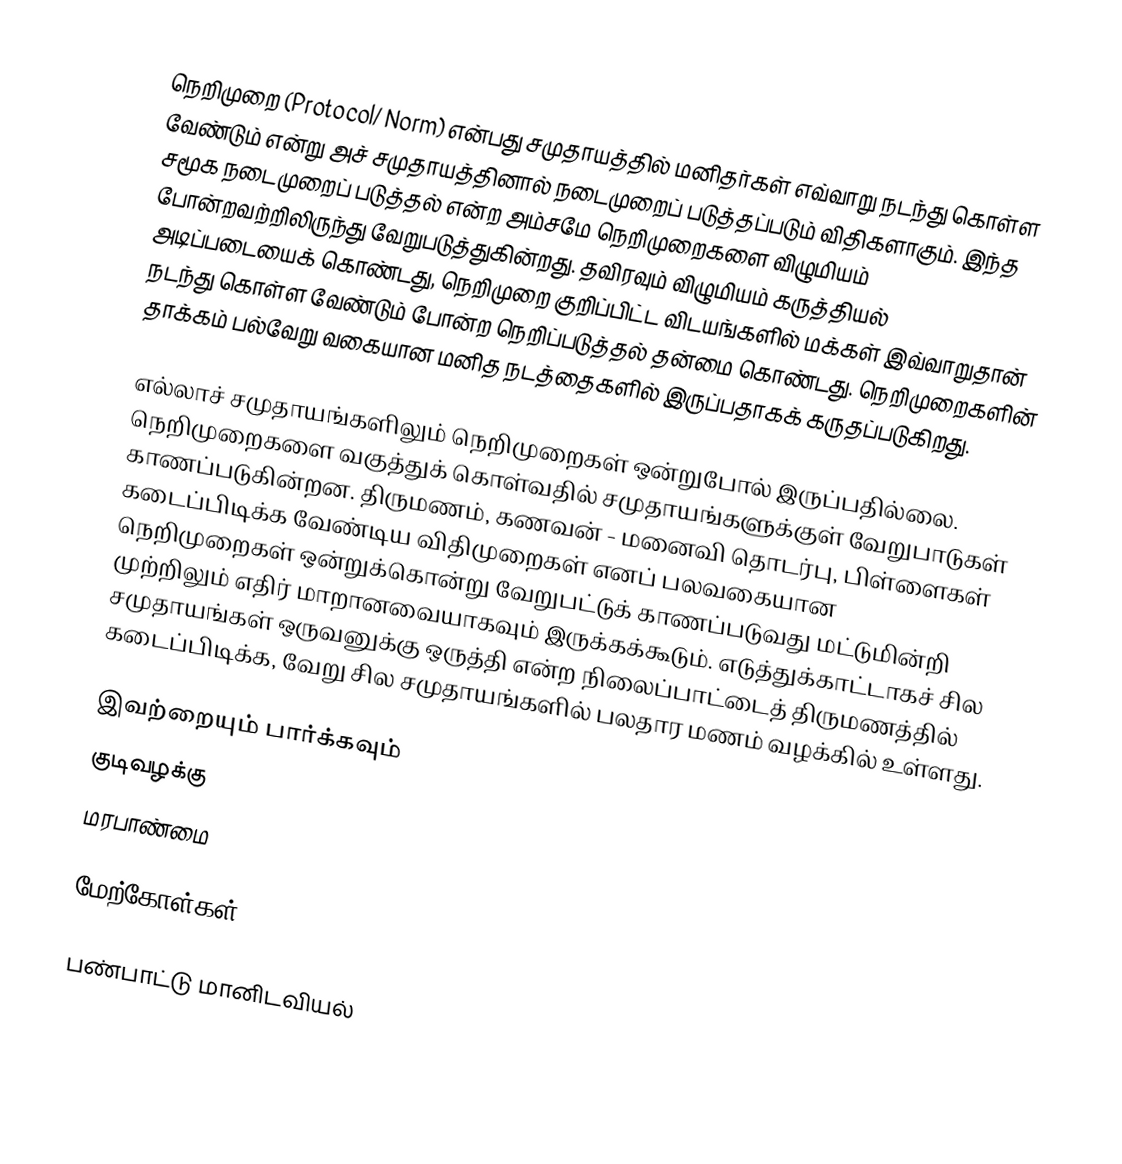
நெறிமுறை (Protocol/ Norm) என்பது சமுதாயத்தில் மனிதர்கள் எவ்வாறு நடந்து கொள்ள வேண்டும் என்று அச் சமுதாயத்தினால் நடைமுறைப் படுத்தப்படும் விதிகளாகும். இந்த சமூக நடைமுறைப் படுத்தல் என்ற அம்சமே நெறிமுறைகளை விழுமியம் போன்றவற்றிலிருந்து வேறுபடுத்துகின்றது. தவிரவும் விழுமியம் கருத்தியல் அடிப்படையைக் கொண்டது, நெறிமுறை குறிப்பிட்ட விடயங்களில் மக்கள் இவ்வாறுதான் நடந்து கொள்ள வேண்டும் போன்ற நெறிப்படுத்தல் தன்மை கொண்டது. நெறிமுறைகளின் தாக்கம் பல்வேறு வகையான மனித நடத்தைகளில் இருப்பதாகக் கருதப்படுகிறது.

எல்லாச் சமுதாயங்களிலும் நெறிமுறைகள் ஒன்றுபோல் இருப்பதில்லை. நெறிமுறைகளை வகுத்துக் கொள்வதில் சமுதாயங்களுக்குள் வேறுபாடுகள் காணப்படுகின்றன. திருமணம், கணவன் - மனைவி தொடர்பு, பிள்ளைகள் கடைப்பிடிக்க வேண்டிய விதிமுறைகள் எனப் பலவகையான நெறிமுறைகள் ஒன்றுக்கொன்று வேறுபட்டுக் காணப்படுவது மட்டுமின்றி முற்றிலும் எதிர் மாறானவையாகவும் இருக்கக்கூடும். எடுத்துக்காட்டாகச் சில சமுதாயங்கள் ஒருவனுக்கு ஒருத்தி என்ற நிலைப்பாட்டைத் திருமணத்தில் கடைப்பிடிக்க, வேறு சில சமுதாயங்களில் பலதார மணம் வழக்கில் உள்ளது.

இவற்றையும் பார்க்கவும்
 குடிவழக்கு
 மரபாண்மை

மேற்கோள்கள்

பண்பாட்டு மானிடவியல்